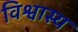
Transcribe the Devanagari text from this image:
विश्वास्य